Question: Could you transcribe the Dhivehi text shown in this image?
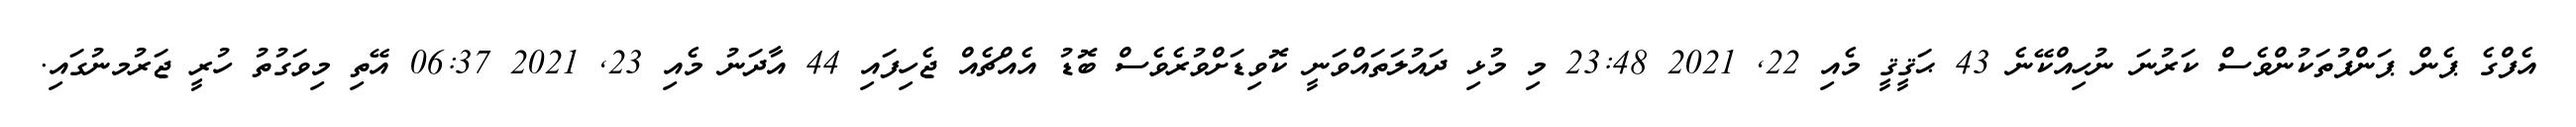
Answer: އެފްގެ ޕެން ޕަންޕުތަކުންވެސް ކަރުނަ ނުހިއްކޭނެ 43 ޙަޤީޤީ މެއި 22, 2021 23:48 މި މުޅި ދައުލަތައްވަނީ ކޮވިޑަށްވުރެވެސް ބޮޑު އެއްޗެއް ޖެހިފައި 44 އާދަނު މެއި 23, 2021 06:37 އޭތި މިވަގުތު ހުރީ ޖަރުމނުގައި.